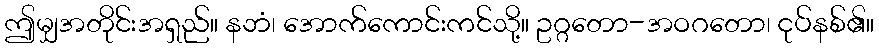
ဤမျှအတိုင်းအရှည်။ နဘံ၊ အောက်ကောင်းကင်သို့။ ဥဂ္ဂတော-အဝဂတော၊ ငုပ်နစ်၏။